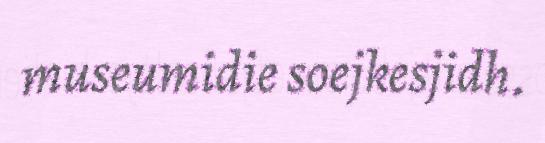
museumidie soejkesjidh.